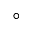
^ { \circ }